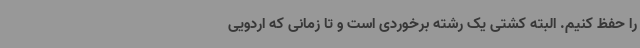
را حفظ کنیم. البته کشتی یک رشته برخوردی است و تا زمانی که اردویی